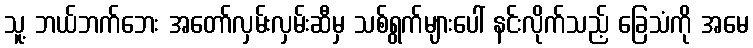
သူ့ ဘယ်ဘက်ဘေး အတော်လှမ်းလှမ်းဆီမှ သစ်ရွက်များပေါ် နင်းလိုက်သည့် ခြေသံကို အမေ